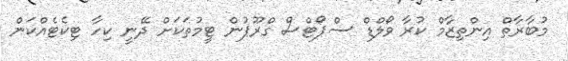
މުބާރާތް އިންތިޒާމް ކުރާ ވޯލްޑް ސްޕޯޓްސް ގްރޫޕުން ޓީމުތަކަށް ދޭނީ ކިހާ ޓިކެޓެއްކަން